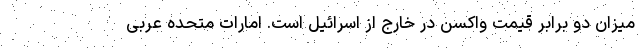
میزان دو برابر قیمت واکسن در خارج از اسرائیل است. امارات متحده عربی